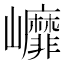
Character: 㠧